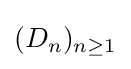
(D_{n})_{n\geq 1}